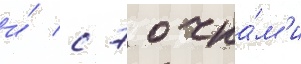
и́ с 7 очка́м'и